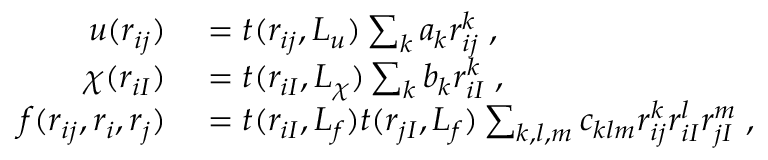
\begin{array} { r l } { u ( r _ { i j } ) } & { { } = t ( r _ { i j } , L _ { u } ) \sum _ { k } a _ { k } r _ { i j } ^ { k } \; , } \\ { \chi ( r _ { i I } ) } & { { } = t ( r _ { i I } , L _ { \chi } ) \sum _ { k } b _ { k } r _ { i I } ^ { k } \; , } \\ { f ( r _ { i j } , r _ { i } , r _ { j } ) } & { { } = t ( r _ { i I } , L _ { f } ) t ( r _ { j I } , L _ { f } ) \sum _ { k , l , m } c _ { k l m } r _ { i j } ^ { k } r _ { i I } ^ { l } r _ { j I } ^ { m } \; , } \end{array}